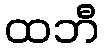
ထဘီ